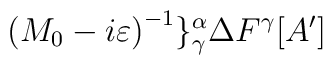
\left( M_{0}-i\varepsilon \right) ^{-1}\}_{\gamma }^{\alpha }\Delta F^{\gamma }[A']